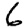
Digit: 6